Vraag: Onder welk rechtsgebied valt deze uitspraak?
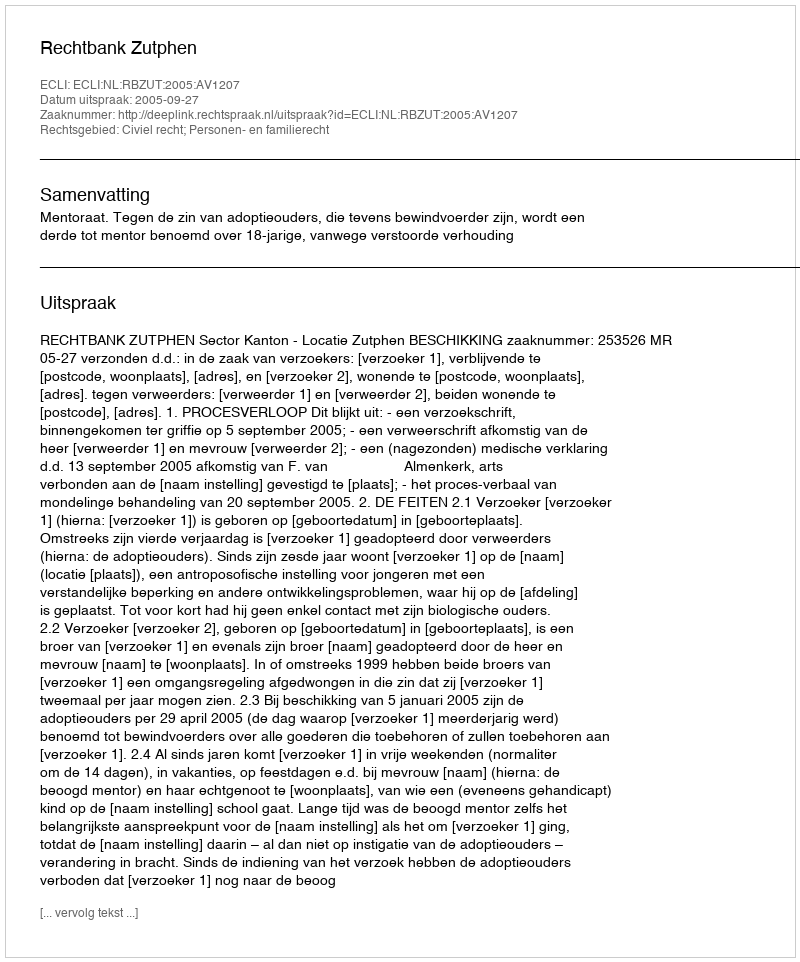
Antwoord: Civiel recht; Personen- en familierecht